Tallinna_kinnistusamet, lk 3
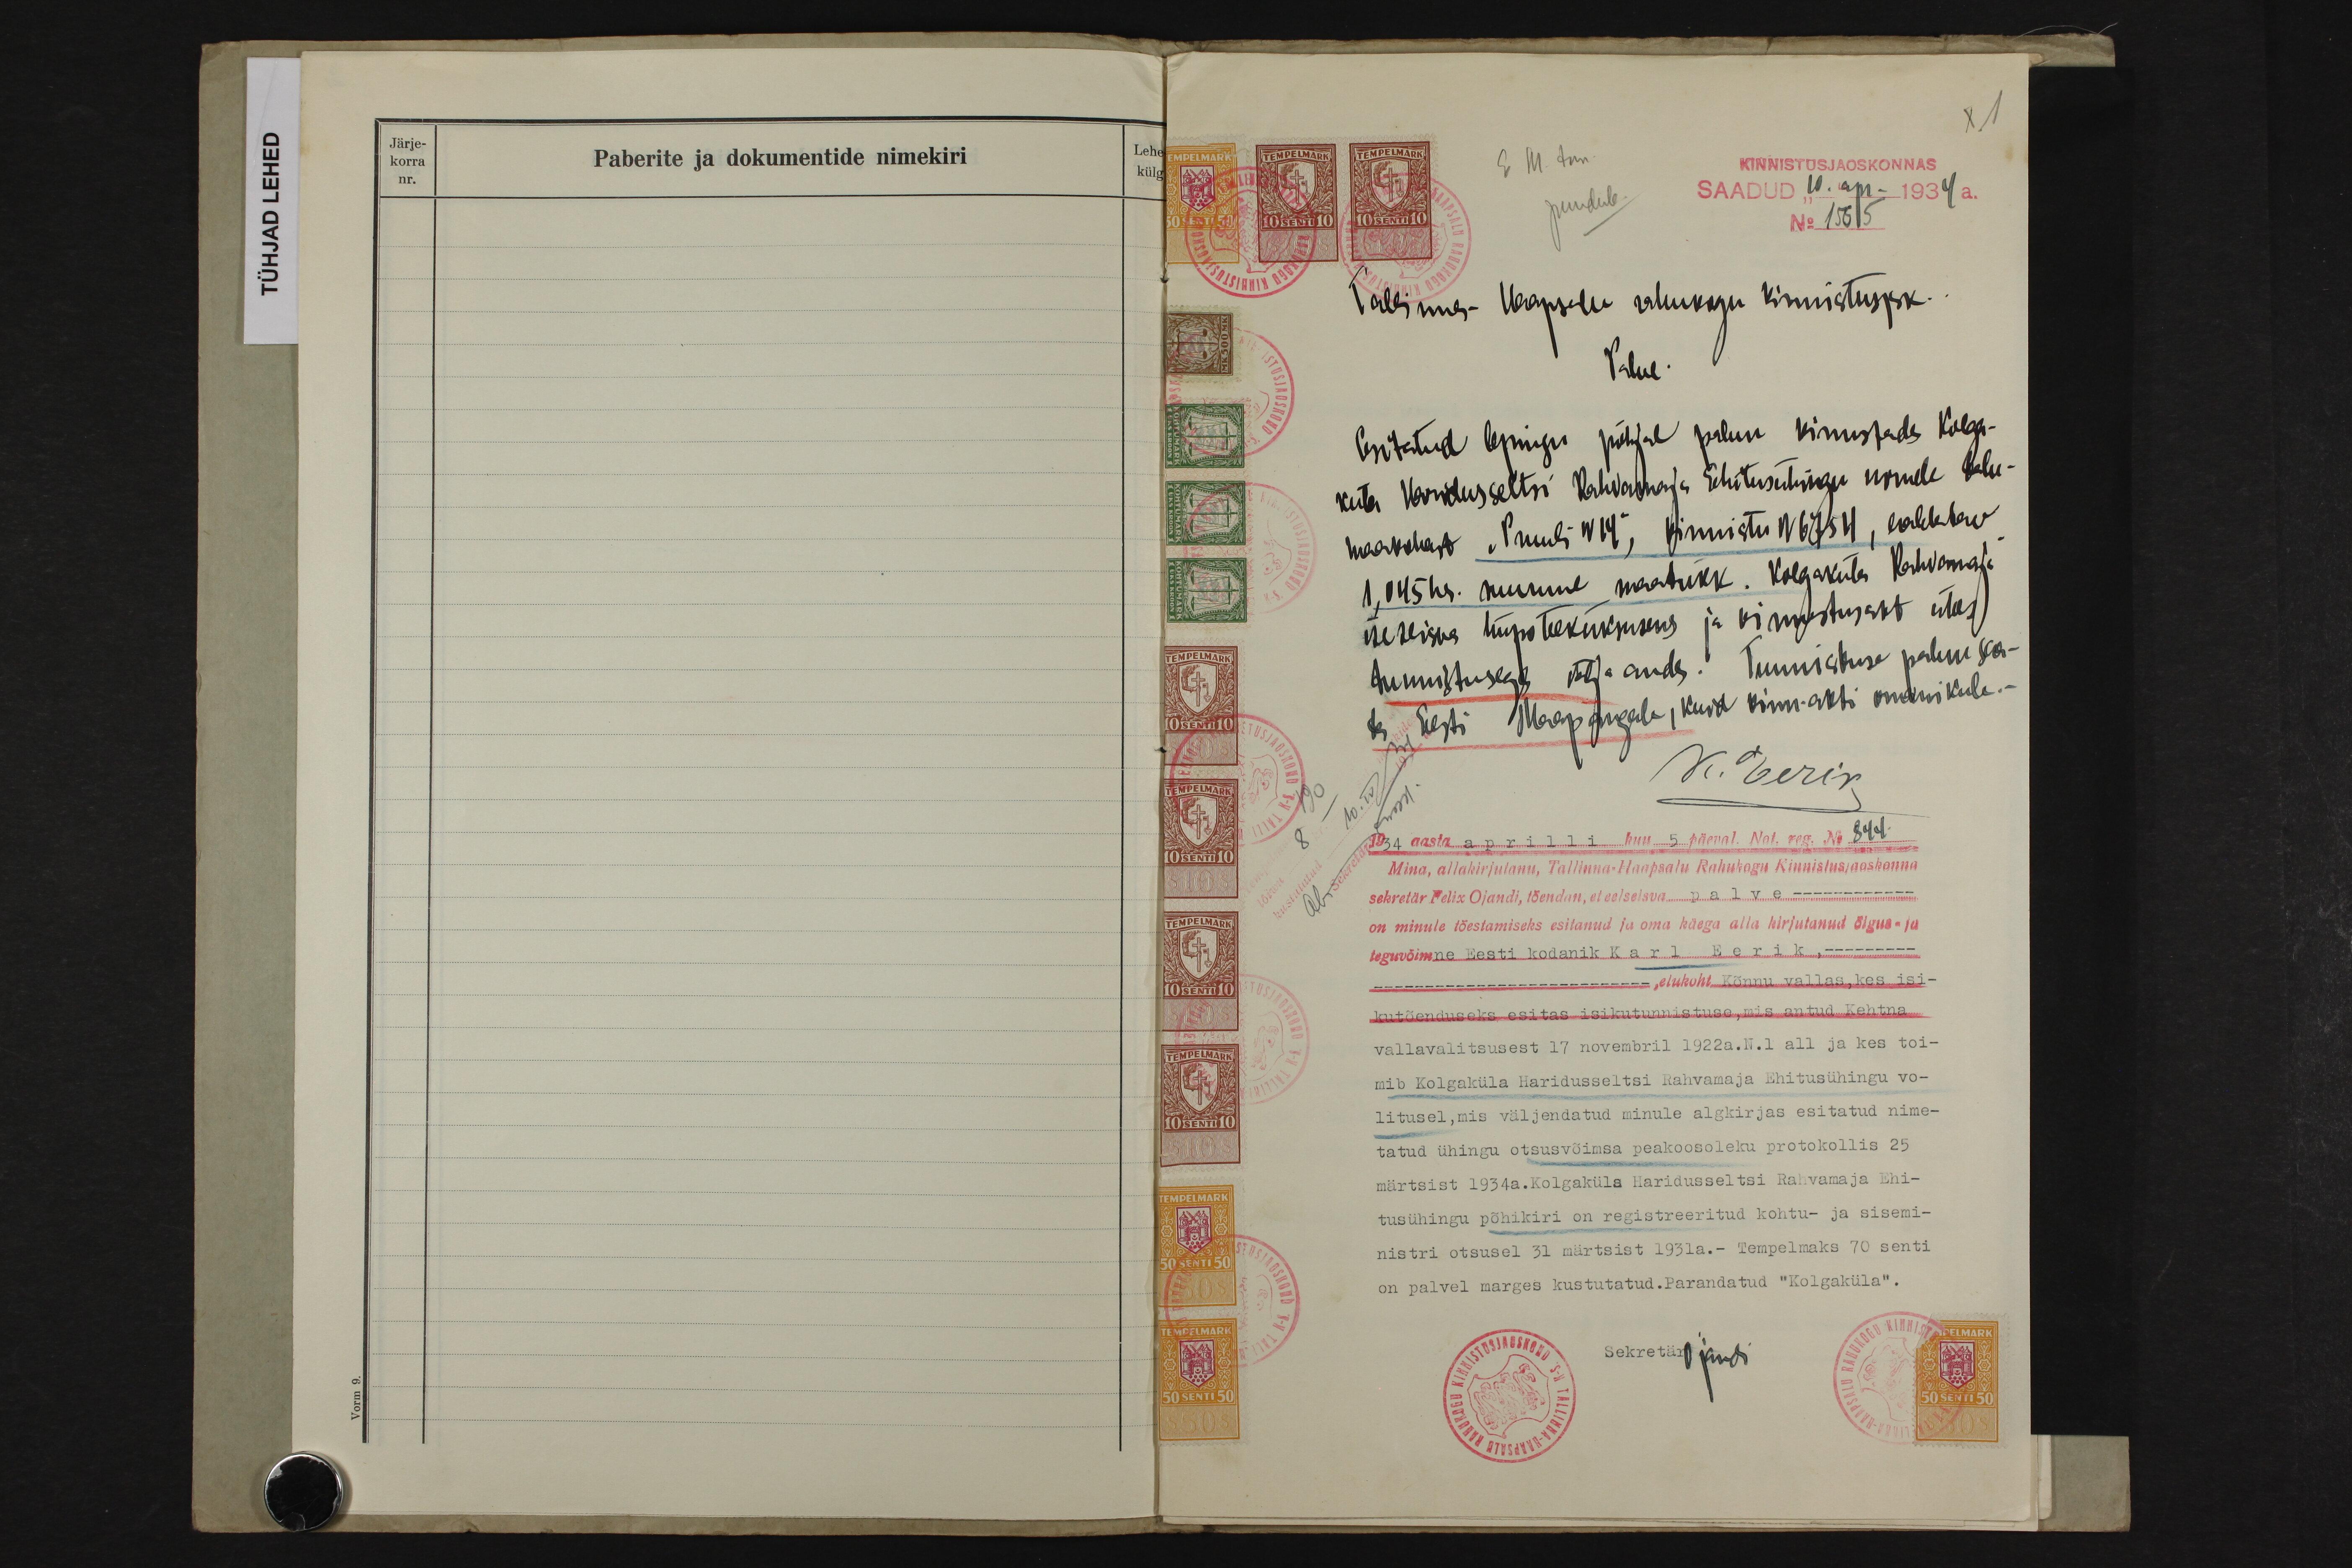
Lehe
külg
Paberite ja dokumentide nimekiri
Järje-
korra
nr.

X1
KINNISTUSJAOSKONNAS
puudub
SAADUD 10 apr 1934 a.
No 15615
Tallinna-Haapsalu rahukogu kinnistusjsk.
Palve.
Esitatud lepingu põhjal palun kinnistada Kolga-
küla Haridusseltsi Rahvamaja Ehitusühingu nimele talu-
maakohast "Pruuli N 14", kinnistu N 6754, lahktav
1,045 hr. suurune maatükk. Kolgaküla Rahvamaja
iseseisus hüpoteküksuses ja kinnistusakt ühes
tunnistusega välja anda. Tunnistuse palun saa-
ta Eesti Maapangale, kuid kinn-akti omanikule.
K. Eerik.
1934 aasta aprilli kuu 5 päeval. Not. reg. No 844
Mina, allakirjutanu, Tallinna-Haapsalu Rahukogu Kinnistusjaoskonna
sekretär Felix Ojandi, tõendan, et eelseisva palve ---------
on minule tõestamiseks esitanud ja oma käega alla kirjutanud õigus- ja
tegevõimne Eesti kodanik Karl Eerik, --------
--------------------- elukoht Kõnnu vallas, kes isi-
kutõenduseks esitas isikutunnistuse, mis antud Kehtna
vallavalitsusest 17 novembril 1922 a. N. 1 all ja kes toi-
mib Kolgaküla Haridusseltsi Rahvamaja Ehitusühingu vo-
litusel, mis väljendatud minule algkirjas esitatud nime-
tatud ühingu otsusvõimsa peakoosoleku protokollis 25
märtsist 1934 a. Kolgaküla Haridusseltsi Rahvamaja Ehi-
tusühingu põhikiri on registreeritud kohtu- ja sisemi-
nistri otsusel 31 märtsist 1931 a.- Tempelmaks 70 senti
on palvel marges kustutatud. Parandatud "Kolgaküla".
Sekretär Ojandi